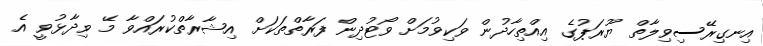
އިނގިރޭސިވިލާތް ޔޫރަޕުގެ އިއްތިހާދުން ވަކިވުމަށް ވޯޓުދިން ފަރާތްތަކަށް އިޝާރާތްކުރައްވާ މޭ ވިދާޅުވީ އެ